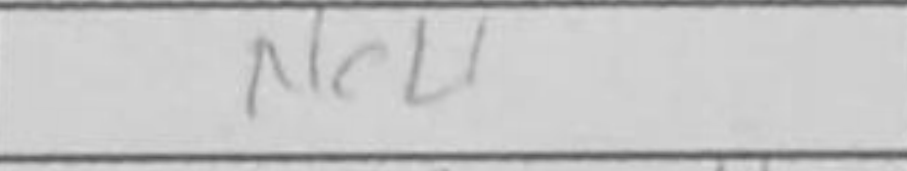
Transcription: Nc4